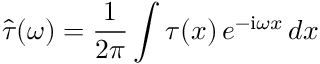
\hat { \tau } ( \omega ) = \frac { 1 } { 2 \pi } \int \tau ( x ) \, e ^ { - \mathrm { i } \omega x } \, d x